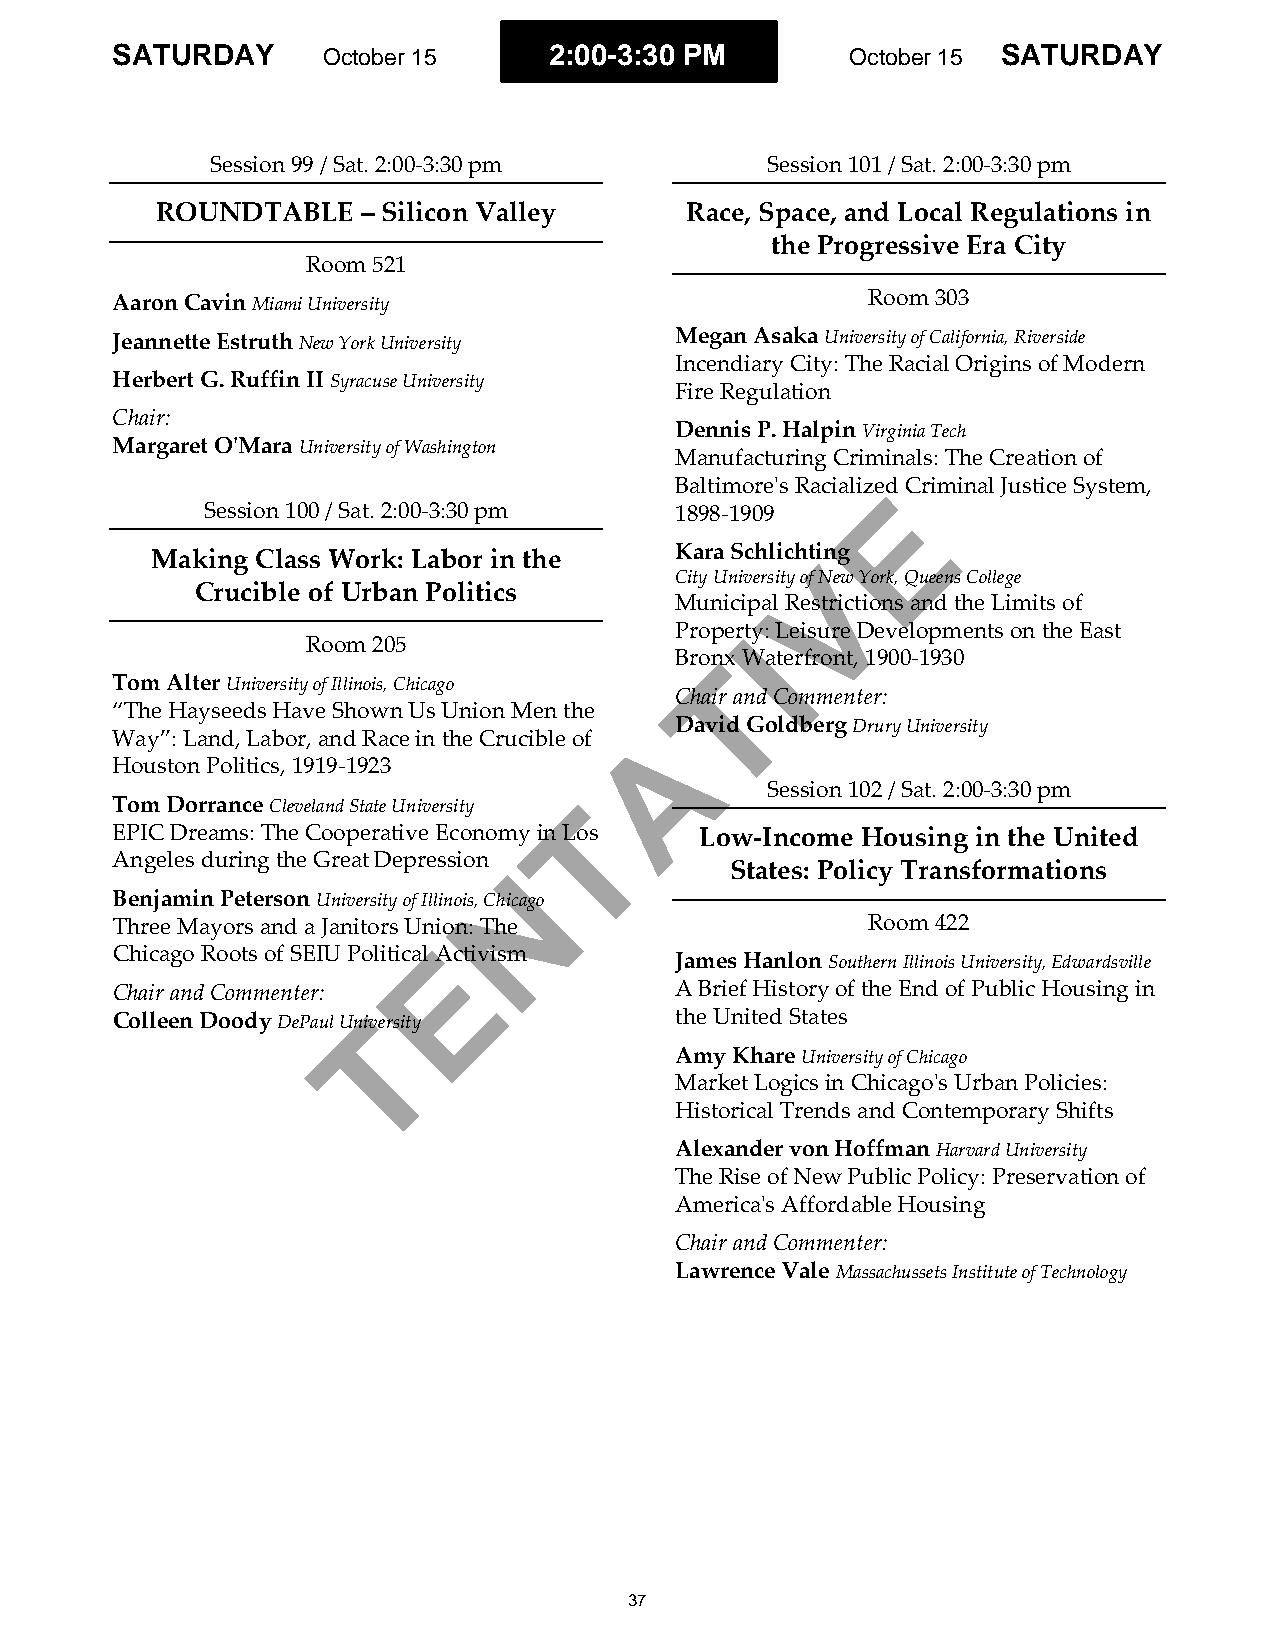
SATURDAY      October 15     2:00-3:30 PM        October 15 SATURDAY
 Session 99 / Sat. 2:00-3:30 pm       Session 101 / Sat. 2:00-3:30 pm
 ROUNDTABLE    – Silicon Valley     Race, Space, and Local Regulations in
 the Progressive Era City
 Room 521
 Aaron Cavin Miami University                      Room 303
 Jeannette Estruth New York University Megan Asaka University of California, Riverside
 Incendiary City: The Racial Origins of Modern
 Herbert G. Ruffin II Syracuse University
 Fire Regulation
 Chair:
 Dennis P. Halpin Virginia Tech
 Margaret O'Mara University of Washington
 Manufacturing Criminals: The Creation of
 Baltimore's RacializeEd Criminal Justice System,
 Session 100 / Sat. 2:00-3:30 pm 1898-1909
 Making Class Work: Labor in the    Kara Schlicht Ving
 City University of New York, Queens College
 Crucible of Urban Politics
 Municipal Restrictions and the Limits of
 ProperIty: Leisure Developments on the East
 Room 205
 BronTx Waterfront, 1900-1930
 Tom Alter University of Illinois, Chicago
 Chair and Commenter:
 “The Hayseeds Have Shown Us Union Men the
 ADavid Goldberg Drury University
 Way”: Land, Labor, and Race in the Crucible of
 Houston Politics, 1919-1923
 Session 102 / Sat. 2:00-3:30 pm
 Tom Dorrance Cleveland State University T
 EPIC Dreams: The Cooperative Economy in Los Low-Income Housing in the United
 Angeles during the Great Depression
 N             States: Policy Transformations
 Benjamin Peterson University of Illinois, Chicago
 Three Mayors and a Janitors Union: The            Room 422
 E
 Chicago Roots of SEIU Political Activism
 James Hanlon Southern Illinois University, Edwardsville
 Chair and Commenter:                  A Brief History of the End of Public Housing in
 Colleen Doody DePaul UnT iversity     the United States
 Amy Khare University of Chicago
 Market Logics in Chicago's Urban Policies:
 Historical Trends and Contemporary Shifts
 Alexander von Hoffman Harvard University
 The Rise of New Public Policy: Preservation of
 America's Affordable Housing
 Chair and Commenter:
 Lawrence Vale Massachussets Institute of Technology
 37